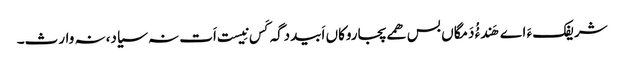
شریفک ءَ اے ھَندءُُ دَمگاں بس ھمے پجاروکاں اَبیددگہ کَس نِیست اَت نہ سیاد،نہ وارث۔